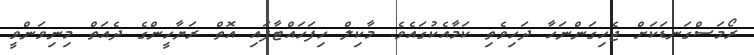
ރޯމަސްގަނޑަކަށް ޖެހިގަންނަހާ ދަހިވެތި ކަމާއެކުގައެވެ. މާކިލް ހިފަހައްޓާފައި އޮތް ރަޔާހީންގެ ދެއަތް މިނިވަންވީ